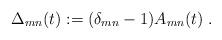
LaTeX: \begin{align*}\Delta_{mn}(t):= (\delta_{mn}-1)A_{mn}(t)\;.\end{align*}